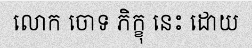
លោក ចោទ ភិក្ខុ នេះ ដោយ